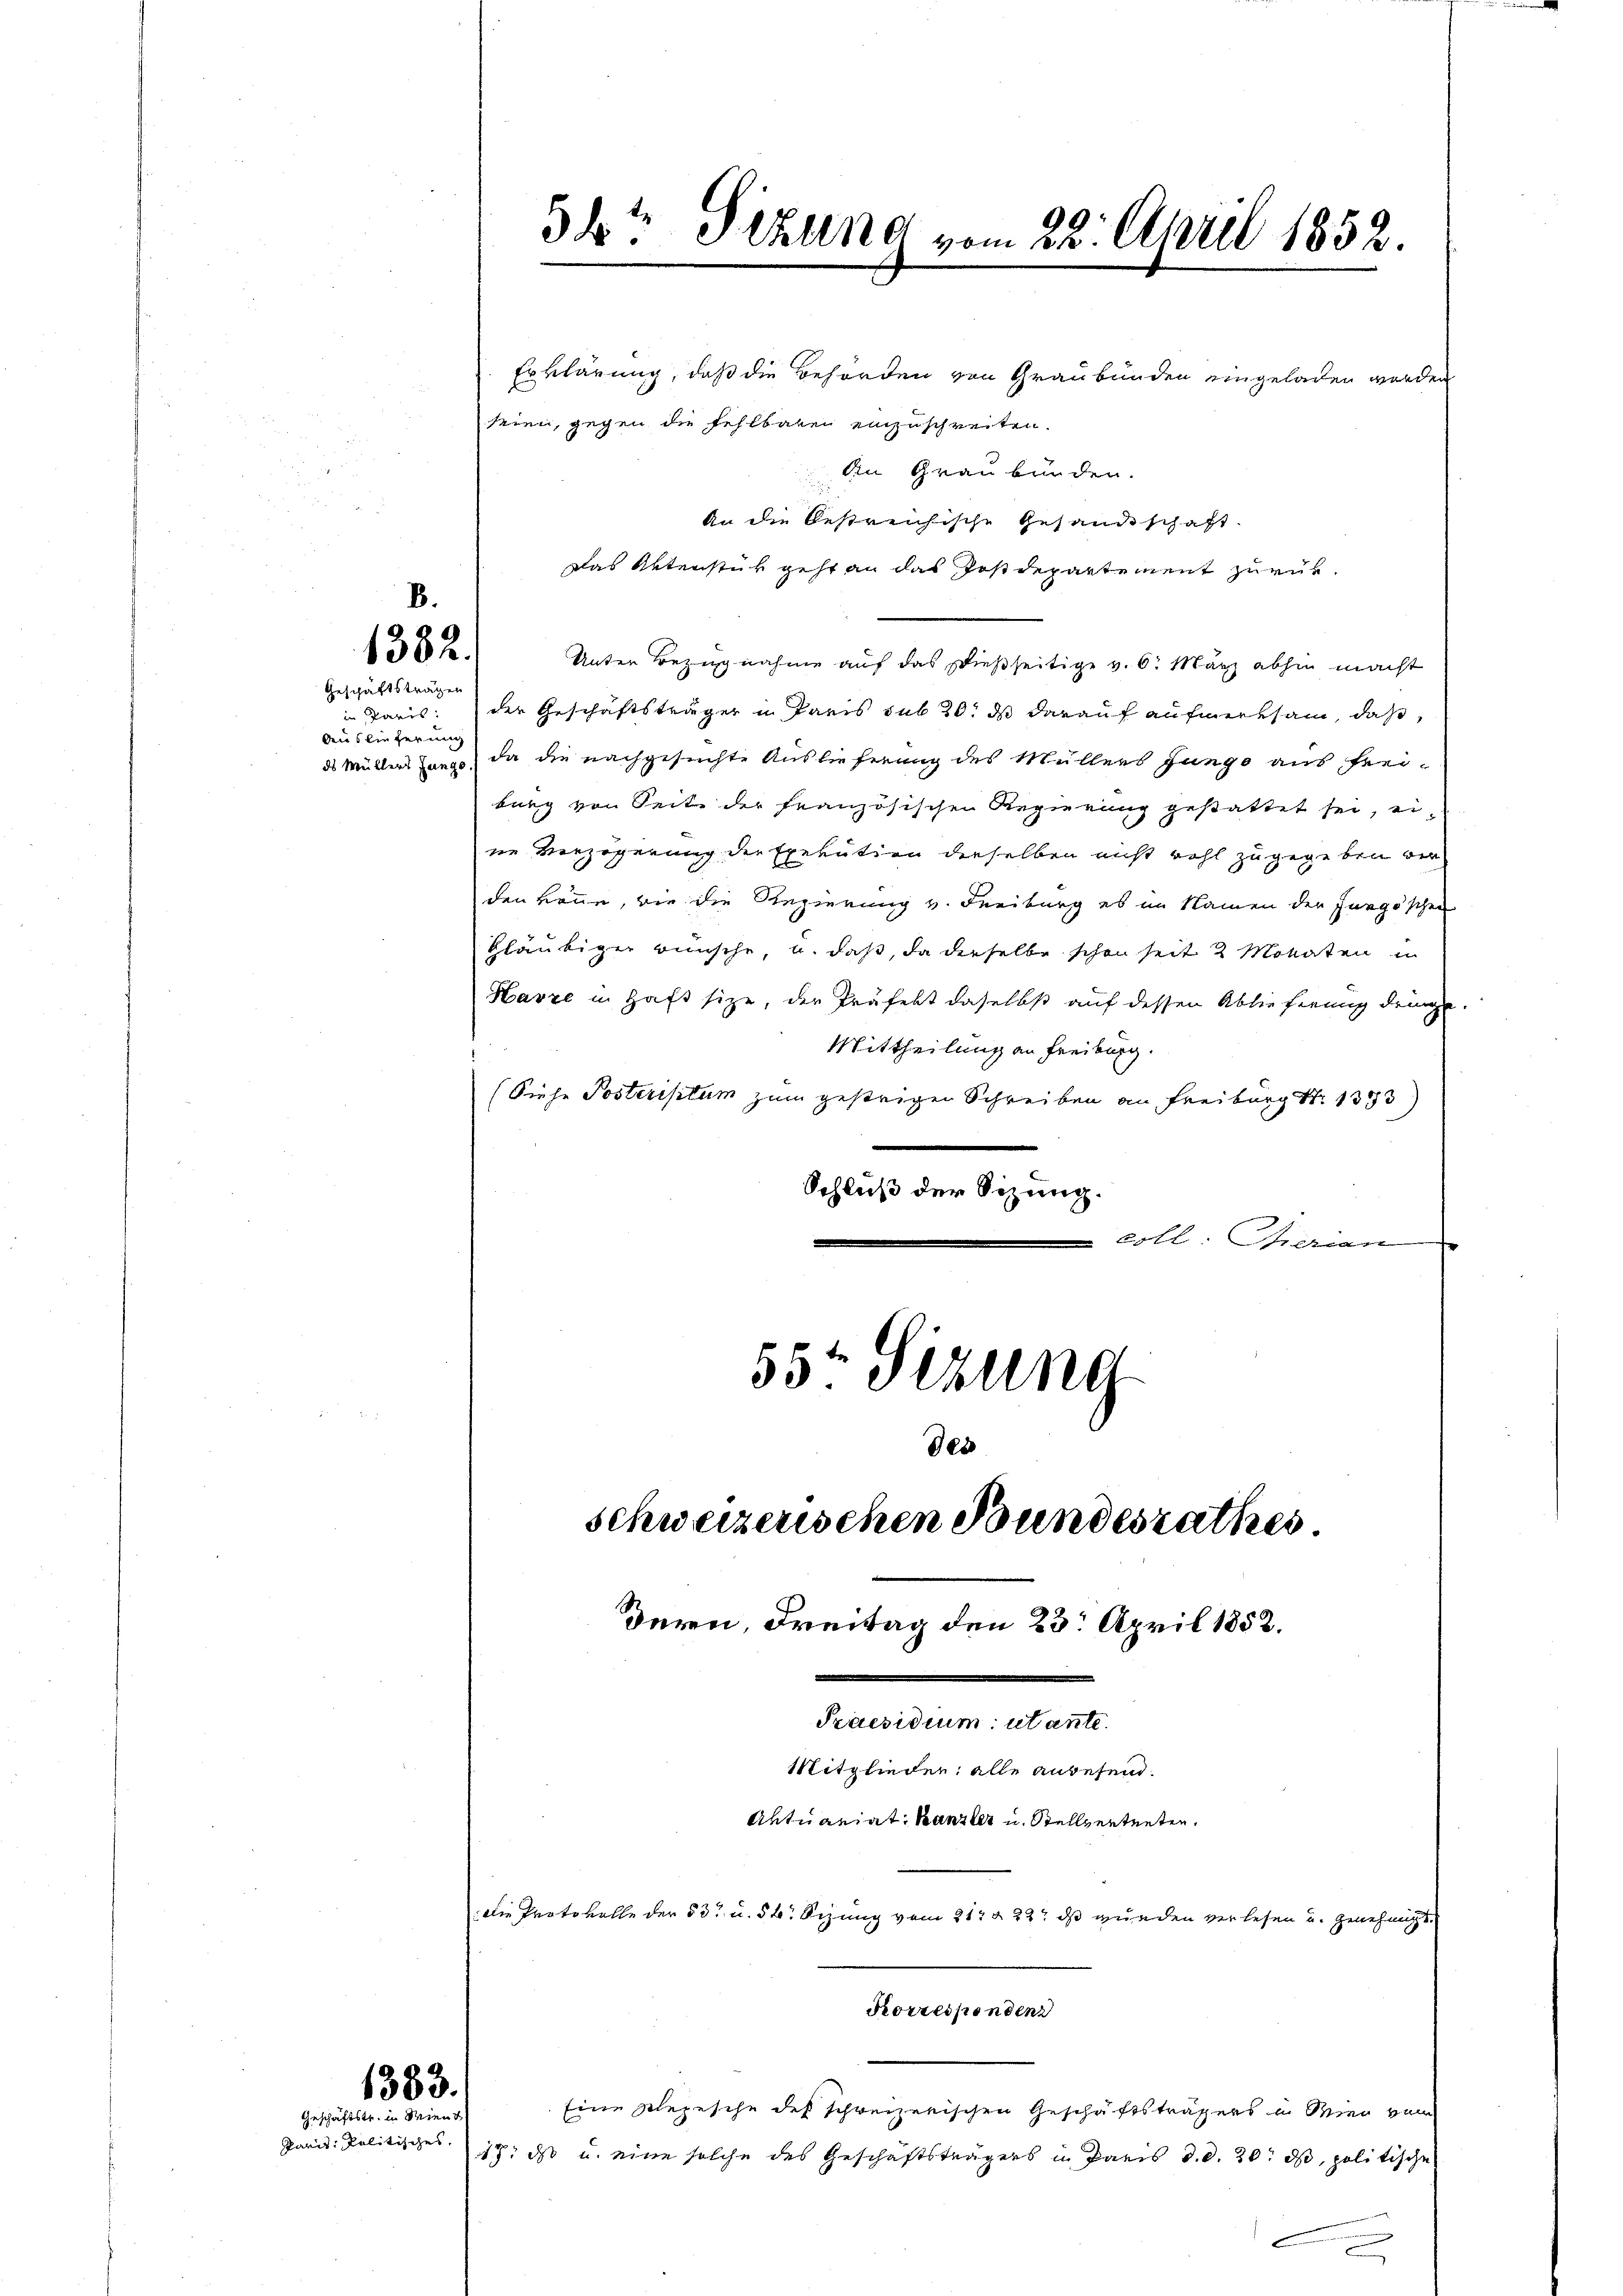
B.
1382.

Geschäftsträgen
in Paris
Auslieferung
ds Müllers Zunge

Erklärung, daß die Behörden von Graubünden eingeladen worden
seien, gegen die Fehlbaren einzuschreiten.
Ain Graubünden.
An die bestreichische Gesandtschaft.
Das Aktenstük geht an das Jostdepartement zurük¬
Unter Bezugnahme auf das dießseitige v. 6. März abhin macht
der Geschäftsträger u Paris sub 20. ds darauf aufmerksam, daß
da die nachgesuchte Auslieferung des Müllers junge aus freiburg von Seite der französischen Regierung gestattet sei, eine Verzögerung der Exekution derselben nicht wohl zugegeben verden könne, wie die Regierung und Freiburg es im Namen der Furgöschen
Gläubiger wünsche, u. daß, da derselbe schon seit 2 Monaten in
Harze in Haft sitze, der Präfekt daselbst auf dessen Ablieferung dringe.
Mittheilung an Freiburg.
(Siehe Posteriptum zum gestrigen Schreiben an Freiburg S. 1333)
Schluß der Sitzung.
coll Therian
55' Sizung
des

1363.
Geschäftstr. in Wien
Paris Politisches,

Skt Sizung vom 22. April 1852.

schweizerischen Bundesrathes
Bern, Freitag den 23. April 1858.
Praesidium utante.
Mitglieder alle anbesein.
Aktuariat, Kanzler u. Stellvertreten.
Die Protokolle der 53 u. 5 t Sezung vom 21t § 22t ds wunden verlesen und Genehmigt.
Korrespondenz

Eine plezische des schweizerischen Geschäftsträgers in Wien vom
117. ds u. eine solche des Geschäftsträgers in Paris d.d. 20. ds, politische
e

e